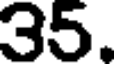
35.